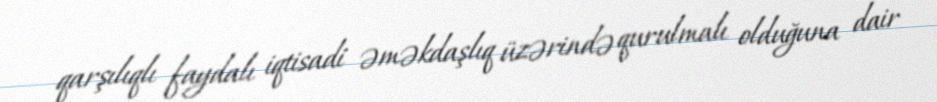
qarşılıqlı faydalı iqtisadi əməkdaşlıq üzərində qurulmalı olduğuna dair